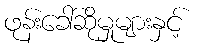
ဖုန်းခေါ်ဆိုမှုများနှင့်